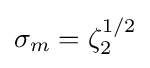
\sigma _{m}=\zeta _{2}^{1/2}